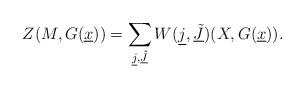
LaTeX: \begin{align*}Z(M,G(\underline x))=\sum_{\underline j,\underline{\tilde J}}W(\underline j,\underline{\tilde J})(X,G(\underline x)).\end{align*}